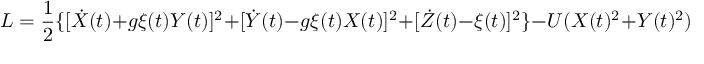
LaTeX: { \cal L } = \frac { 1 } { 2 } \{ [ \dot { X } ( t ) + g \xi ( t ) Y ( t ) ] ^ { 2 } + [ \dot { Y } ( t ) - g \xi ( t ) X ( t ) ] ^ { 2 } + [ \dot { Z } ( t ) - \xi ( t ) ] ^ { 2 } \} - U ( X ( t ) ^ { 2 } + Y ( t ) ^ { 2 } )